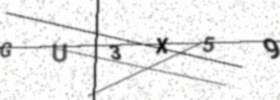
Text: GU3X59